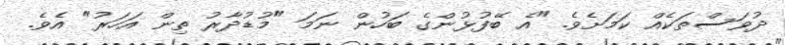
ދުވަސްތަކެއް ކަމަށެވެ. "އެ ބޭފުޅުންގެ ބަހުން ނަމަ "މުޑުދާރު ތިން އަހަރު" އެވެ.